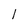
Character: 1